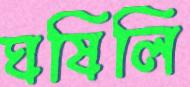
ঘষিলি